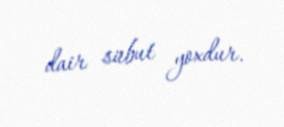
dair sübut yoxdur.